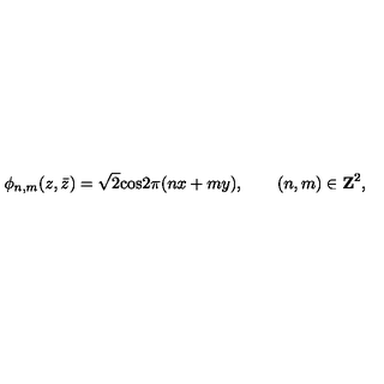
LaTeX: \phi _ { n , m } ( z , \bar { z } ) = \sqrt 2 \mathrm { c o s } 2 \pi ( n x + m y ) , \qquad ( n , m ) \in { \bf Z } ^ { 2 } ,